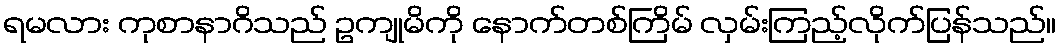
ရမလား ကုစာနာဂိသည် ဥကျုမိကို နောက်တစ်ကြိမ် လှမ်းကြည့်လိုက်ပြန်သည်။